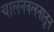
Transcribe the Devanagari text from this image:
चालनवलनातून